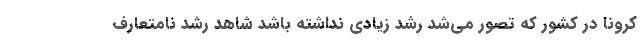
کرونا در کشور که تصور می‌شد رشد زیادی نداشته باشد شاهد رشد نامتعارف